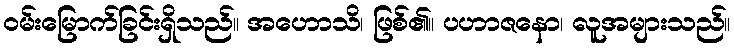
ဝမ်းမြောက်ခြင်းရှိသည်။ အဟောသိ၊ ဖြစ်၏။ ပဟာဇနော၊ လူအများသည်။